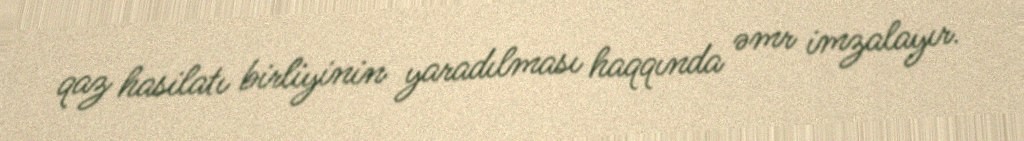
qaz hasilatı birliyinin yaradılması haqqında əmr imzalayır.